Calcutta medical institutions reports 1871-78
Year: 1871
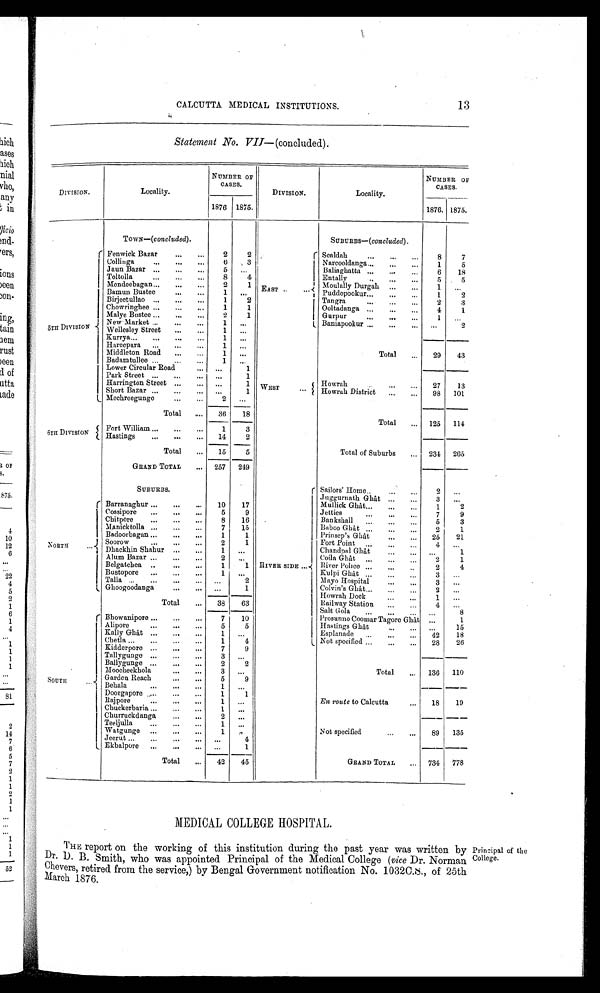
CALCUTTA MEDICAL INSTITUTIONS. 13
Statement No. VII—(concluded).
DIVISION.
Locality.
NUMBER OF
CASES.
DIVISION.
Locality.
NUMBER OF
CASES.
1876 1875.
1876. 1875.
TOWN—(concluded).
SUBURBS—(concluded).
5 T H D I V I S I O N Fenwick Bazar
2
2
EAST
Sealdah
8
7
Collinga
6
3
Narcooldanga
1
5
Jaun Bazar
5
Baliaghatta
6
18
Toltolla
8
4
Entally
5
5
Mendeebagan
2
1
Moulally Durgah
1
. . .
Bamun Bustee
1
. . .
Puddopookur
1
2
Birjeetullao
1
2
Tangra
2
3
Chowringhee
1
1
Ooltadanga
4
1
Malye Bustee
2
1
Gurpur
1
. . .
New Market
1
. . .
Baniapookur
. . .
2
Wellesley Street
1
. . .
Total
29
43
Kurrya
1
. . .
Hareepara
1
. . .
Middleton Road
1
. . .
Badamtullee
1
. . .
Lower Circular Road
1
Park Street
. . .
1 WEST
Harrington Street
. . .
1
Howrah
27
13
Short Bazar
. . .
1
Howrah District
98 101
Mechreegunge
2
. . .
Total
36
18
Total
1 2 5 114
6 T H D I V I S I O N Fort William
Hastings
1 1 4
3 2
Total
15
5
Total of Suburbs
2 3 4
265
GRAND TOTAL
257 249
SUBURBS.
R I V E R S I D E Sailors' Home
2
. . .
N O R T H
Juggurnath Ghât
3
. . .
Barranaghur
10
17
Mullick Ghât
1
2
Cossipore
5
9
Jetties
7
9
Chitpore
8
16
Bankshall
5
3
Manicktolla
7
15
Baboo Ghât
2
1
Badoorbagan
1
1
Prinsep's Ghât
25
21
Soorow
2
1
Fort Point
4
. . .
Dhackhin Shahur
1
. . .
Chandpal Ghât
. . .
1
Alum Bazar
2
. . .
Coila Ghât
2
1
Belgatchea
1
1
River Police
2
4
Bustopore
1
. . .
Kulpi Ghât
3
. . .
Talla
. . .
2
Mayo Hospital
3
. . .
Ghoogoodanga
. . .
1
Colvin's Ghât
2
. . .
Total
38
63
Howrah Dock
1
. . .
Railway Station
4
. . .
SOUTH
Salt Gola
. . .
8
Bhowanipore
7
1 0
Prosunno Coomar Tagore Ghât
. . .
1
Alipore
5
5
Hastings Ghât
. . .
15
Kally Ghât
1
. . .
Esplanade
4 2 18
Chetla
1
4
Not specified
28
26
Kidderpore
7
9
Total
1 3 6
110
Tallygunge
3
. . .
Ballygunge
2
2
Moocheekhola
3
. . .
Garden Reach
5
9
Behala
1
. . .
_
Doorgapore
1
1
Rajpore
1
. . .
En route to Calcutta
18
19
Chuckerbaria
1
. . .
Churruckdanga
2
. . .
Teeljulla
1
. . .
Not specified
89 135
Watgunge
1
. . .
Jeerut
. . .
4
Ekbalpore
. . .
1
Total
42
45
GRAND TOTAL
7 3 4
7 7 8
MEDICAL COLLEGE HOSPITAL.
THE report on the working of this institution during the past year was written by
Dr. D. B. Smith, who was appointed Principal of the Medical College ( vice Dr. Norman
Chevers, retired from the service,) by Bengal Government notification No. 1032C.S., of 25th
March 1876.
Principal of the
College.